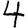
Digit: 4